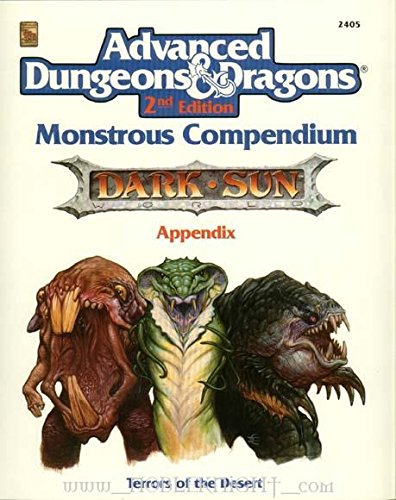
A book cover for Terrors of the Desert (Monstrous Compendium, Dark Sun Appendix); Tsr; Humor & Entertainment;